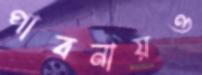
পাবনায়ও